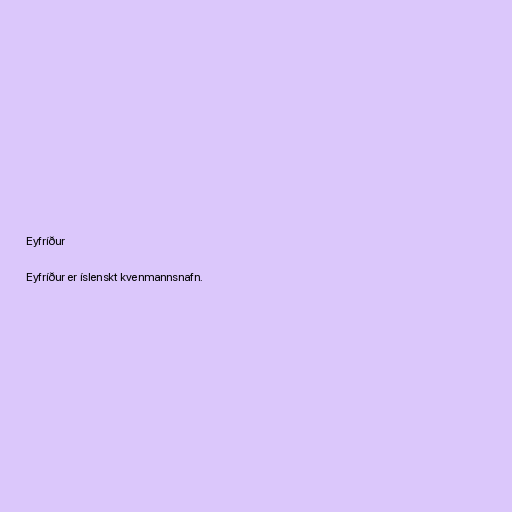
Eyfríður

Eyfríður er íslenskt kvenmannsnafn.